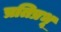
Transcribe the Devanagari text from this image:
प्रतिप्रभू